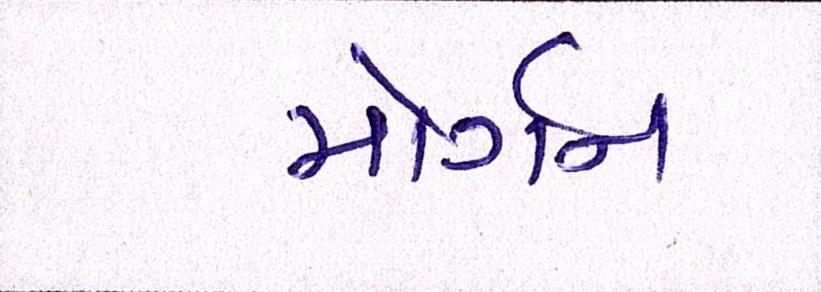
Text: મોર્ગન